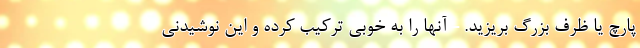
پارچ یا ظرف بزرگ بریزید. - آنها را به خوبی ترکیب کرده و این نوشیدنی